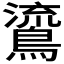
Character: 𪃂